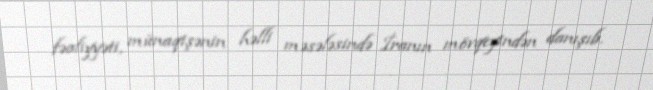
fəaliyyəti, münaqişənin həlli məsələsində İranın mövqeyindən danışıb.